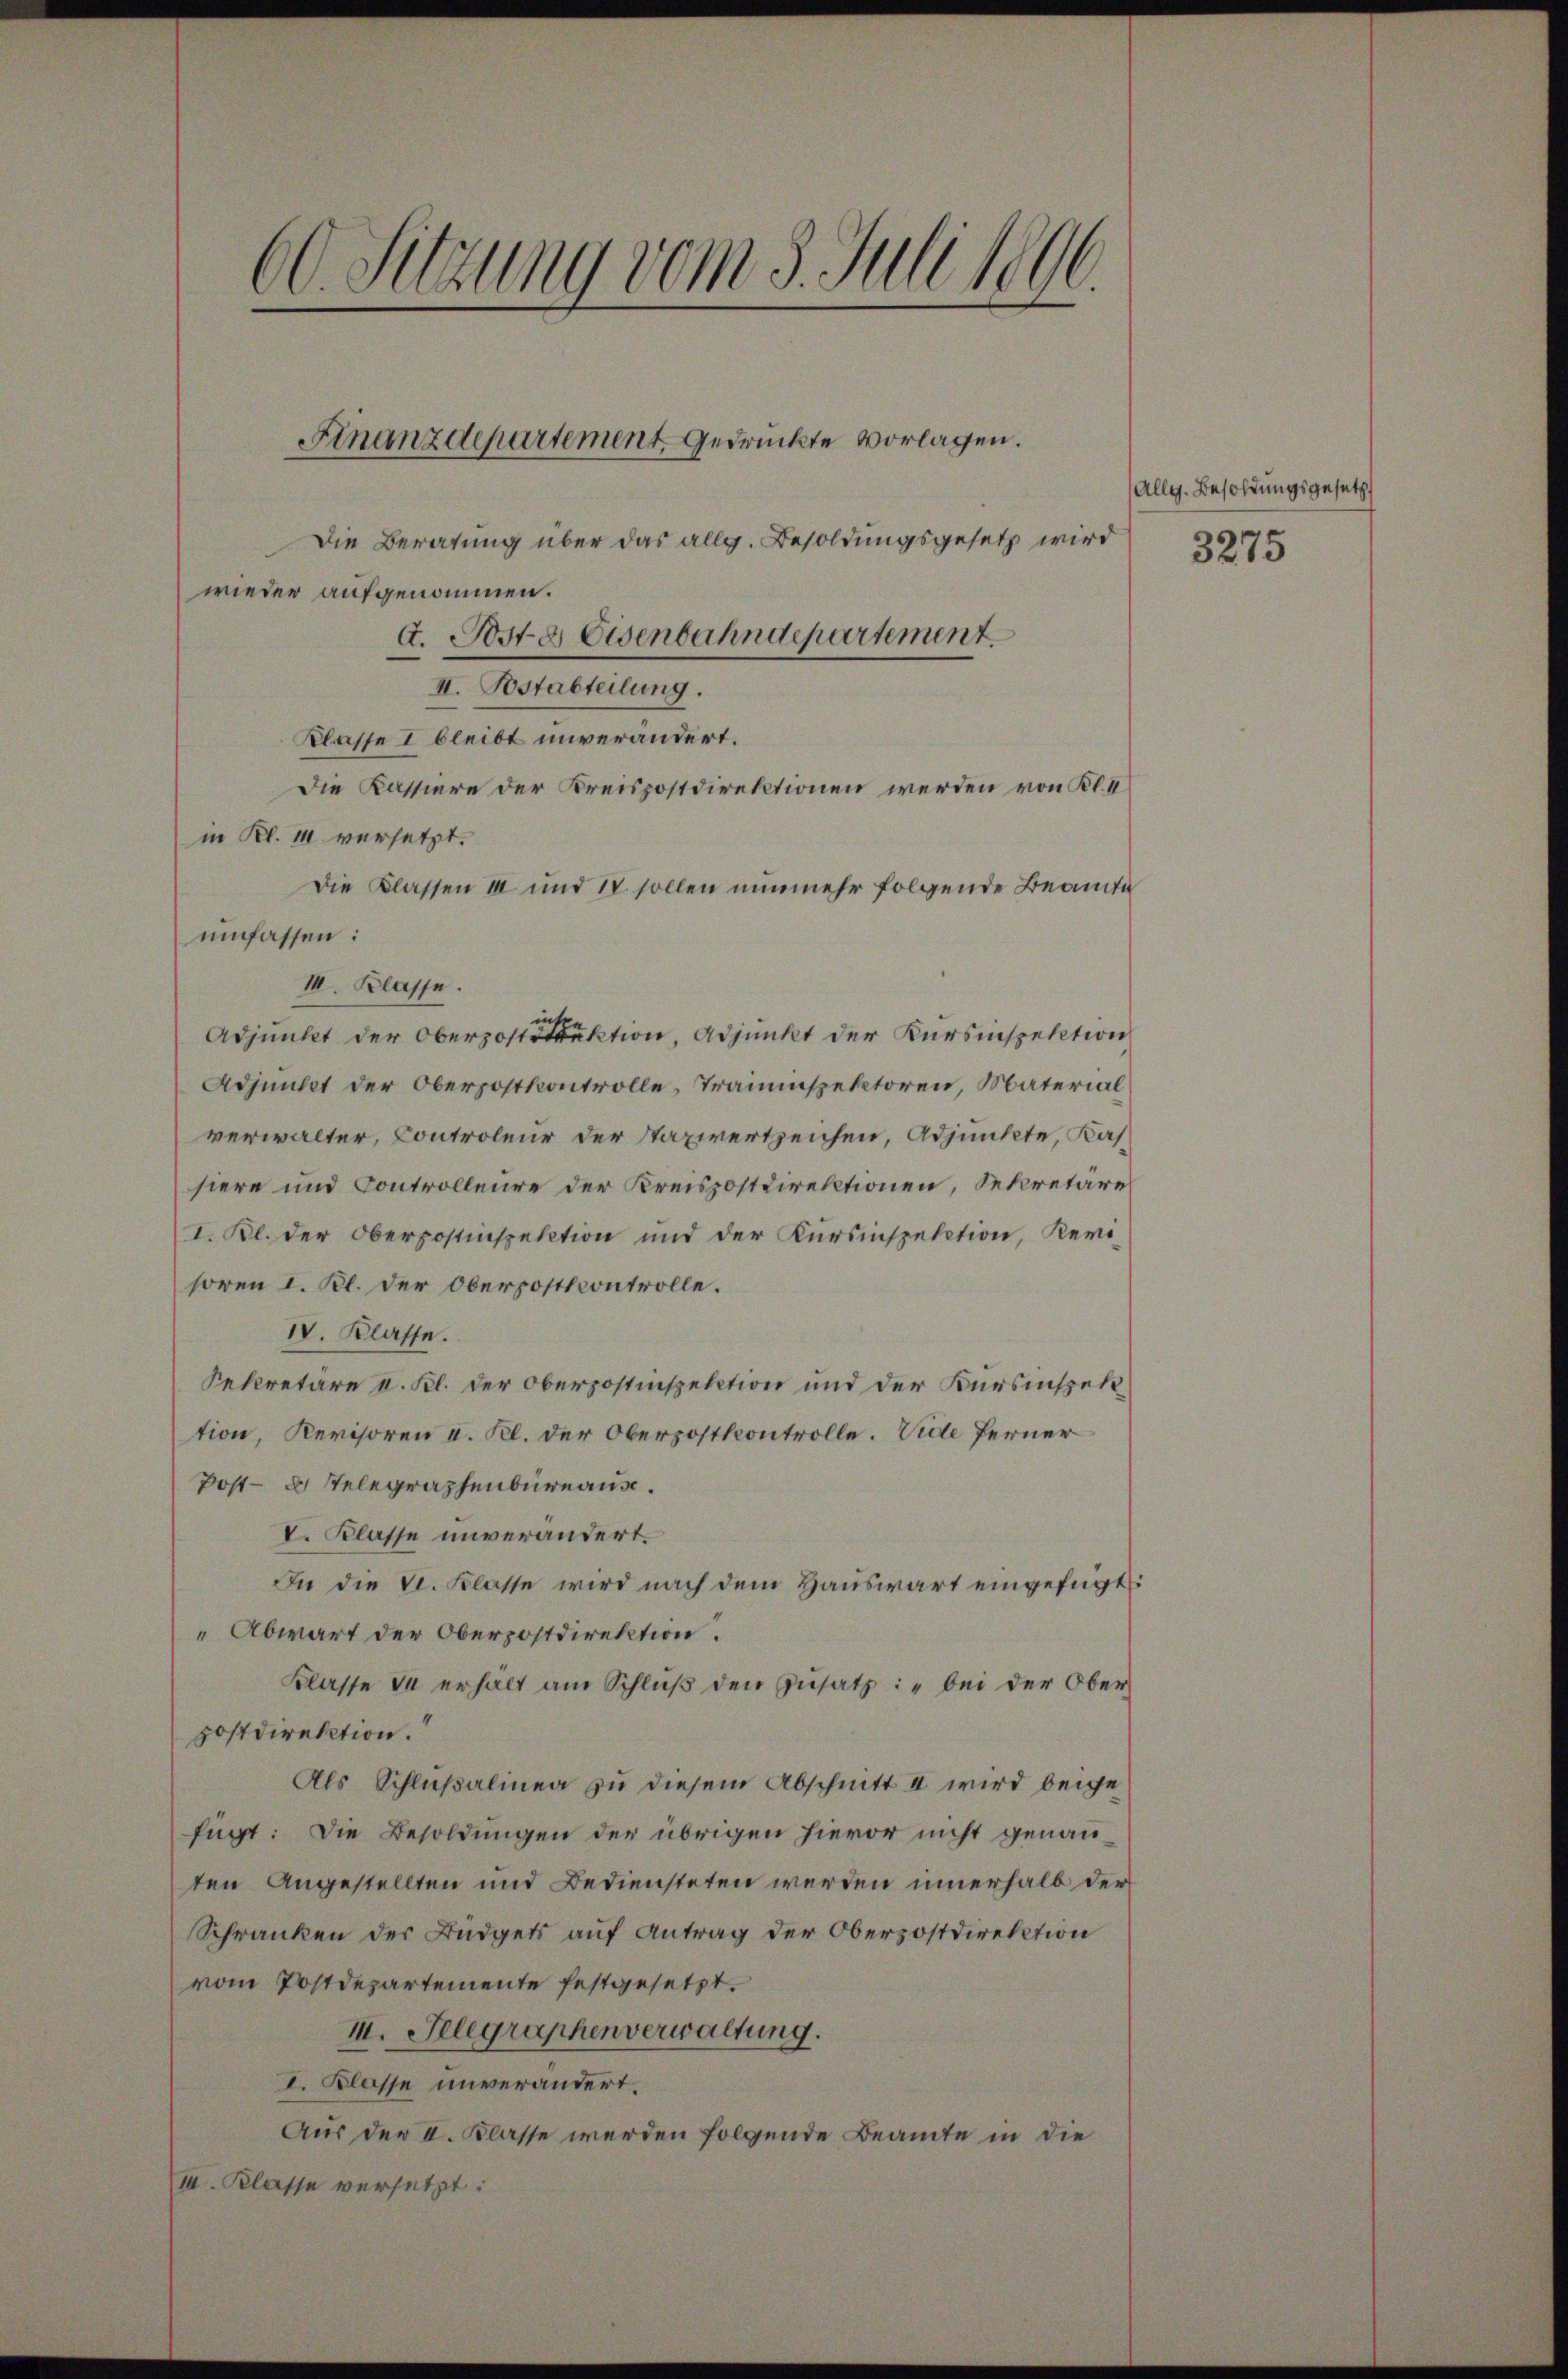
60. Sitzung vom 3. Juli 1896.

Die Beratung über das allg. Besoldungsgesetz wird
wieder aufgenommen.
A. Poste Eisenbahndepartement
II. Postabteilung.
Klasse I bleibt unverändert.
Die Kassiere der Kreispostdirektionen werden von Kl. II
in Kl. 14 versetzt.
Die Klassen III und IV sollen nunmehr folgende Beamte
umfassen:
III. Klasse.
Adjunkt der Oberpostruktion, Adjunkt der Kursinspektion
Adjunkt der Oberpostkontrolle, Trauenspektoren, Material
verwalter, Controleur der Staxwertzeichen, Adjunkte, Kassiere und Controlleure der Kreispostdirektionen, Sekretäre
I. Kl. der Oberpostinspektion und der Kursinspektion, Kerihoren I. Kl. der Oberposttcontrolle.
IV. Klasse.
Rekretäre u. Kl. der Oberpostinspektion und der Kursinspektion, Revisoren I. Kl. der Oberpostkontrolle. Vide ferner
Post- u. Selegraphenbureaus.
V. Klasse unverändert.
In die v. Klasse wird nach dem Haŭswart eingefügt:
Abwart der Oberpostdirektion.
Klasse da erhält am Schlŭβ den Zusatz: „bei der Ober
postdirektion.
Als Schlußalinen zu diesem Abschnitt II wird beige
fügt: Die Besoldungen der übrigen hievor nicht genauten Angestellten und Bediensteten werden innerhalb der
Schranken der Büdgets auf Antrag der Oberzostdirektion
vom Postdepartemente festgesetzt.
III. Telegraphenverwaltung.
I. Klasse unverändert.
Aus der II. Klasse werden folgende Beamte in die
I. Klasse versetzt:

Finanzdepartement gedrückte vorlagen.

Allg. Besoldungsgesetz
3275